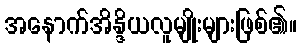
အနောက်အိန္ဒိယလူမျိုးများဖြစ်၏။